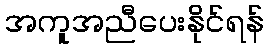
အကူအညီပေးနိုင်ရန်